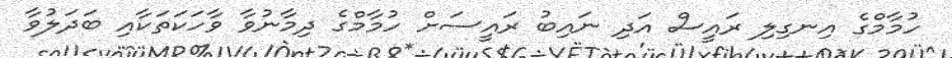
ހުމާމްގެ އިނގިލި ރައީސް އަދި ނައިބު ރައީސަށް ހުމާމްގެ ދިމާނުވާ ވާހަކަތަކާއި ބަދަލުވާ